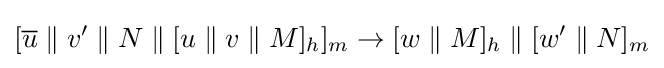
[{\overline {u}}\;\|\;v'\;\|\;N\;\|\;[u\;\|\;v\;\|\;M]_{h}]_{m}\rightarrow [w\;\|\;M]_{h}\;\|\;[w'\;\|\;N]_{m}